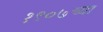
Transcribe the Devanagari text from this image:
१९०७च्या